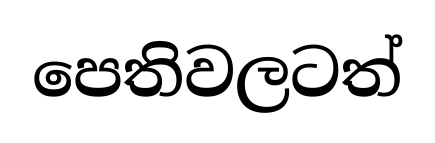
පෙතිවලටත්